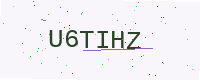
Text: U6TIHZ